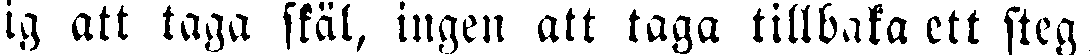
lig att taga skäl, ingen att taga tillbaka ett steg